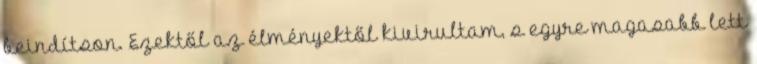
beindítson. Ezektől az élményektől kivirultam, s egyre magasabb lett